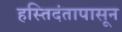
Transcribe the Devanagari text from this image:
हस्तिदंतापासून